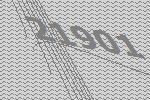
21901